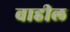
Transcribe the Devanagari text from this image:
वाहील